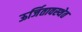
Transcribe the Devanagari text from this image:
ऊर्जितावस्थेत